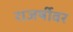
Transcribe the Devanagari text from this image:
राजर्षीवर